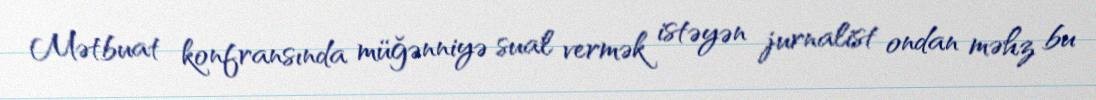
Mətbuat konfransında müğənniyə sual vermək istəyən jurnalist ondan məhz bu